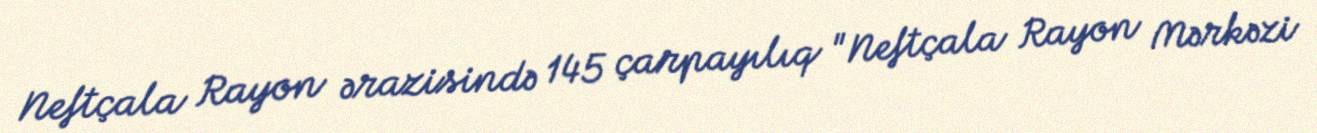
Neftçala Rayon ərazisində 145 çarpayılıq "Neftçala Rayon Mərkəzi